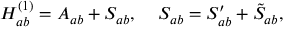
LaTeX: H _ { a b } ^ { ( 1 ) } = A _ { a b } + S _ { a b } , \; \; \; \; S _ { a b } = S _ { a b } ^ { \prime } + \tilde { S } _ { a b } ,